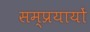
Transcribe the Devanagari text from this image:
सम्प्रयायों